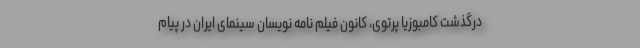
درگذشت کامبوزیا پرتوی، کانون فیلم نامه نویسان سینمای ایران در پیام